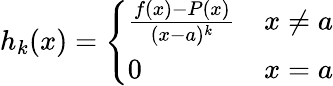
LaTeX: h_{k}(x)={\left\{ \begin{array}{ll}{{\frac{f(x)-P(x)}{(x-a)^{k}}}}&{x\not=a}\\ {0}&{x=a}\end{array}\right.}